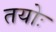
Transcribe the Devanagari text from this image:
तयोः